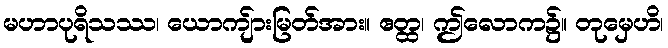
မဟာပုရိသဿ၊ ယောကျ်ားမြတ်အား။ ဧတ္ထ၊ ဤလောက၌။ တုမှေဟိ၊